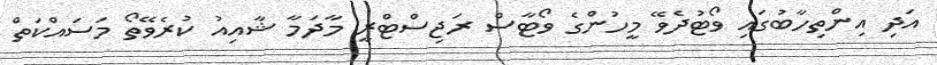
އަދި އިންތިހާބުގައި ވޯޓުދެވޭ މީހުންގެ ވޯޓާސް ރަޖިސްޓްރީ މާދަމާ ޝާއިއު ކުރެވޭތޯ މަސައްކަތް